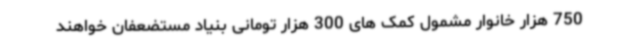
750 هزار خانوار مشمول کمک های 300 هزار تومانی بنیاد مستضعفان خواهند